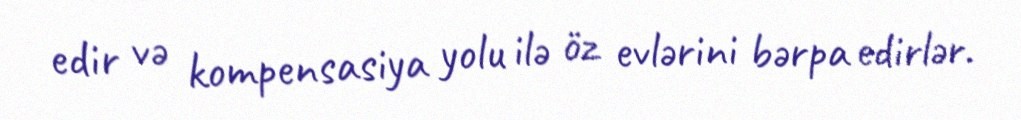
edir və kompensasiya yolu ilə öz evlərini bərpa edirlər.